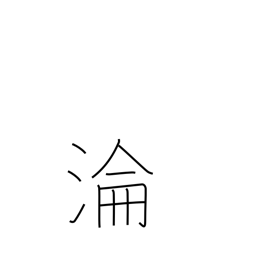
Meaning: ripple